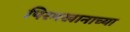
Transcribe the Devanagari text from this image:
पिरमखानाच्या